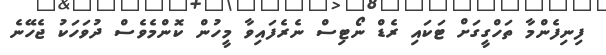
ފިނިފެންމާ ތަހްގީގަށް ޓަކައި ރެޑް ނޯޓިސް ނެރެފައިވާ މީހުން ކޮންމެވެސް ދުވަހަކު ޖެހޭނެ